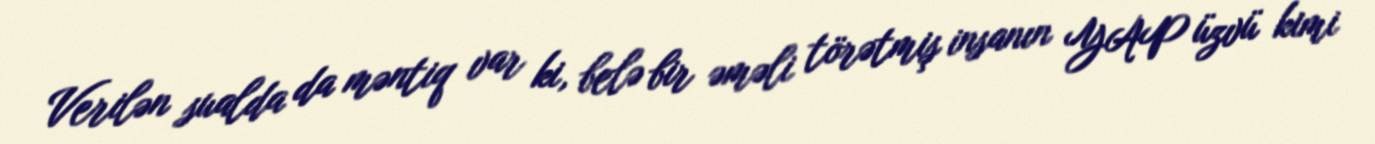
Verilən sualda da məntiq var ki, belə bir əməli törətmiş insanın YAP üzvü kimi